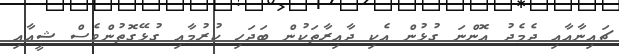
ޗައިނާއާއި ދެމެދު އޮންނަ ގުޅުން އެކި ދާއިރާތަކުން ބަދަހި ކުރުމާއި ގުޅޭގޮތުންވެސް ޝީއާއި